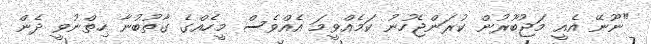
"ނޫނޭ އެއީ މަޖުބޫރުން ކުރަންޖެހުނު ކަމެއްވީމަ އެއްވެސް މީހެއްގެ ގާތުބުނާ ހިތްނުވީ ދެން